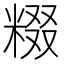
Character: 𬖤